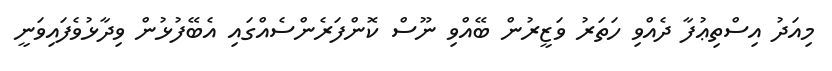
މިއަދު އިސްތިޢުފާ ދެއްވި ހަތަރު ވަޒީރުން ބޭއްވި ނޫސް ކޮންފަރެންސެއްގައި އެބޭފުޅުން ވިދާޅުވެފައިވަނީ